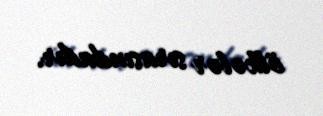
ölkələr sırasındadır.